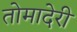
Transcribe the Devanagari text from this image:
तोमादेरी